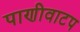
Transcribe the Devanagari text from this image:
पाणीवाटप